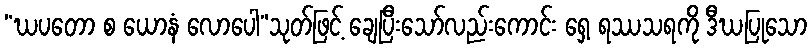
“ဃပတော စ ယောနံ လောပေါ”သုတ်ဖြင့် ချေပြီးသော်လည်းကောင်း ရှေ့ ရဿသရကို ဒီဃပြုသော